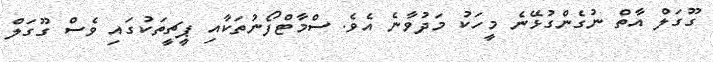
ގޫގަލް އާތް ނުގެންގުޅޭނެ މީހަކު މަދުވާނެ އެވެ. ސްމާޓްފޯނުތަކާއި ޕީޗީތަކުގައި ވެސް ގޫގަލް